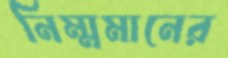
নিম্মমানের